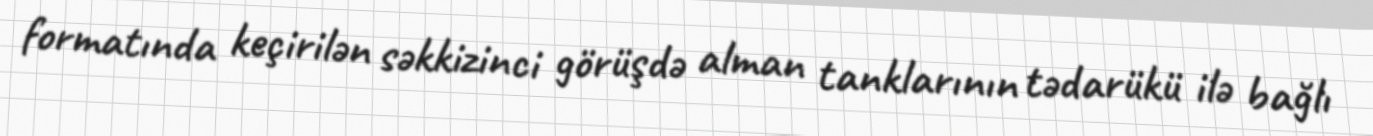
formatında keçirilən səkkizinci görüşdə alman tanklarının tədarükü ilə bağlı